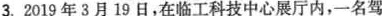
3.2019年3月19日，在临工科技中心展厅内，一名驾